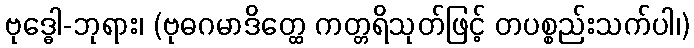
ဗုဒ္ဓေါ-ဘုရား၊ (ဗုဓဂမာဒိတ္ထေ ကတ္တရိသုတ်ဖြင့် တပစ္စည်းသက်ပါ၊)